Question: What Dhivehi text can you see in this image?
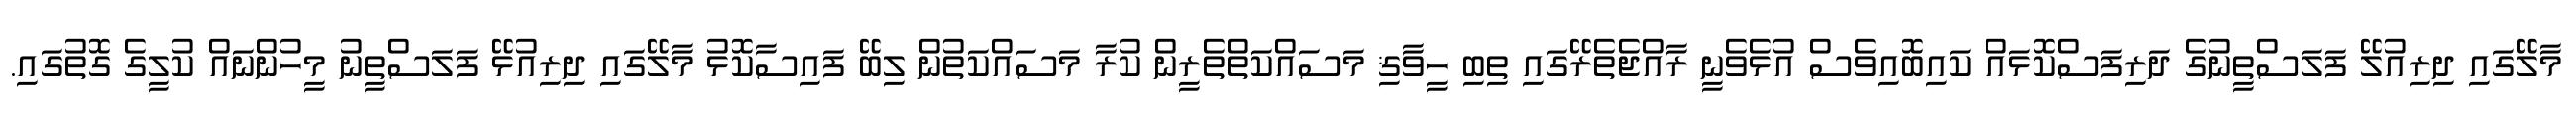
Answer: މާލޭގައި ދިރިއުލޭ ފަލަސްތީނުގެ ދަރިފަސްކޮޅައް ކައިބޮއިވެސް އުޅެވެނީ ރާއްޖެތެރޭގައި ތިބި ހީވާޤި މަސައްކަތްތެރީން ކުރާ މަސައްކަތުން ލިބޭ ފައިސާކޮޅު މާލޭގައި ދިރިއުޅޭ ފަލަސްތީނު މީހުންނައް ކުލީގެ ގޮތުގައި.